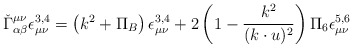
\begin{align*}\check\Gamma_{\alpha\beta}^{\mu\nu} \epsilon^{3,4}_{\mu\nu} = \left(k^2 + \Pi_B\right) \epsilon^{3,4}_{\mu\nu} + 2\left(1-\frac{k^2}{(k\cdot u)^2}\right)\Pi_6 \epsilon^{5,6}_{\mu\nu}\end{align*}